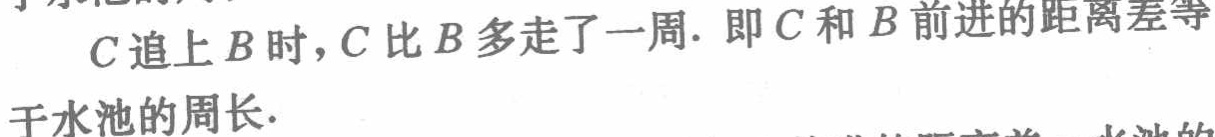
$C$追上$B$时，$C$比$B$多走了一周. 即$C$和$B$前进的距离差等

于水池的周长.